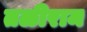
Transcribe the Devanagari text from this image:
तळीराम